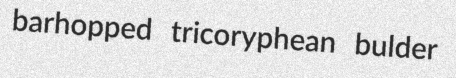
barhopped tricoryphean bulder